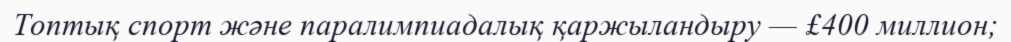
Топтық спорт және паралимпиадалық қаржыландыру — £400 миллион;